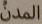
المدن